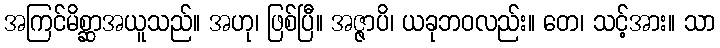
အကြင်မိစ္ဆာအယူသည်။ အဟု၊ ဖြစ်ပြီ။ အဇ္ဇာပိ၊ ယခုဘဝလည်း။ တေ၊ သင့်အား။ သာ